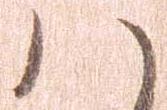
ハ